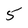
Character: 5